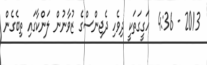
2013 - 4:36  ހަގީގަތަކީ ދިވެހި ދެޖިންސްގެ ޒުވާނުން ލަންކާގައި ތިބެގެން